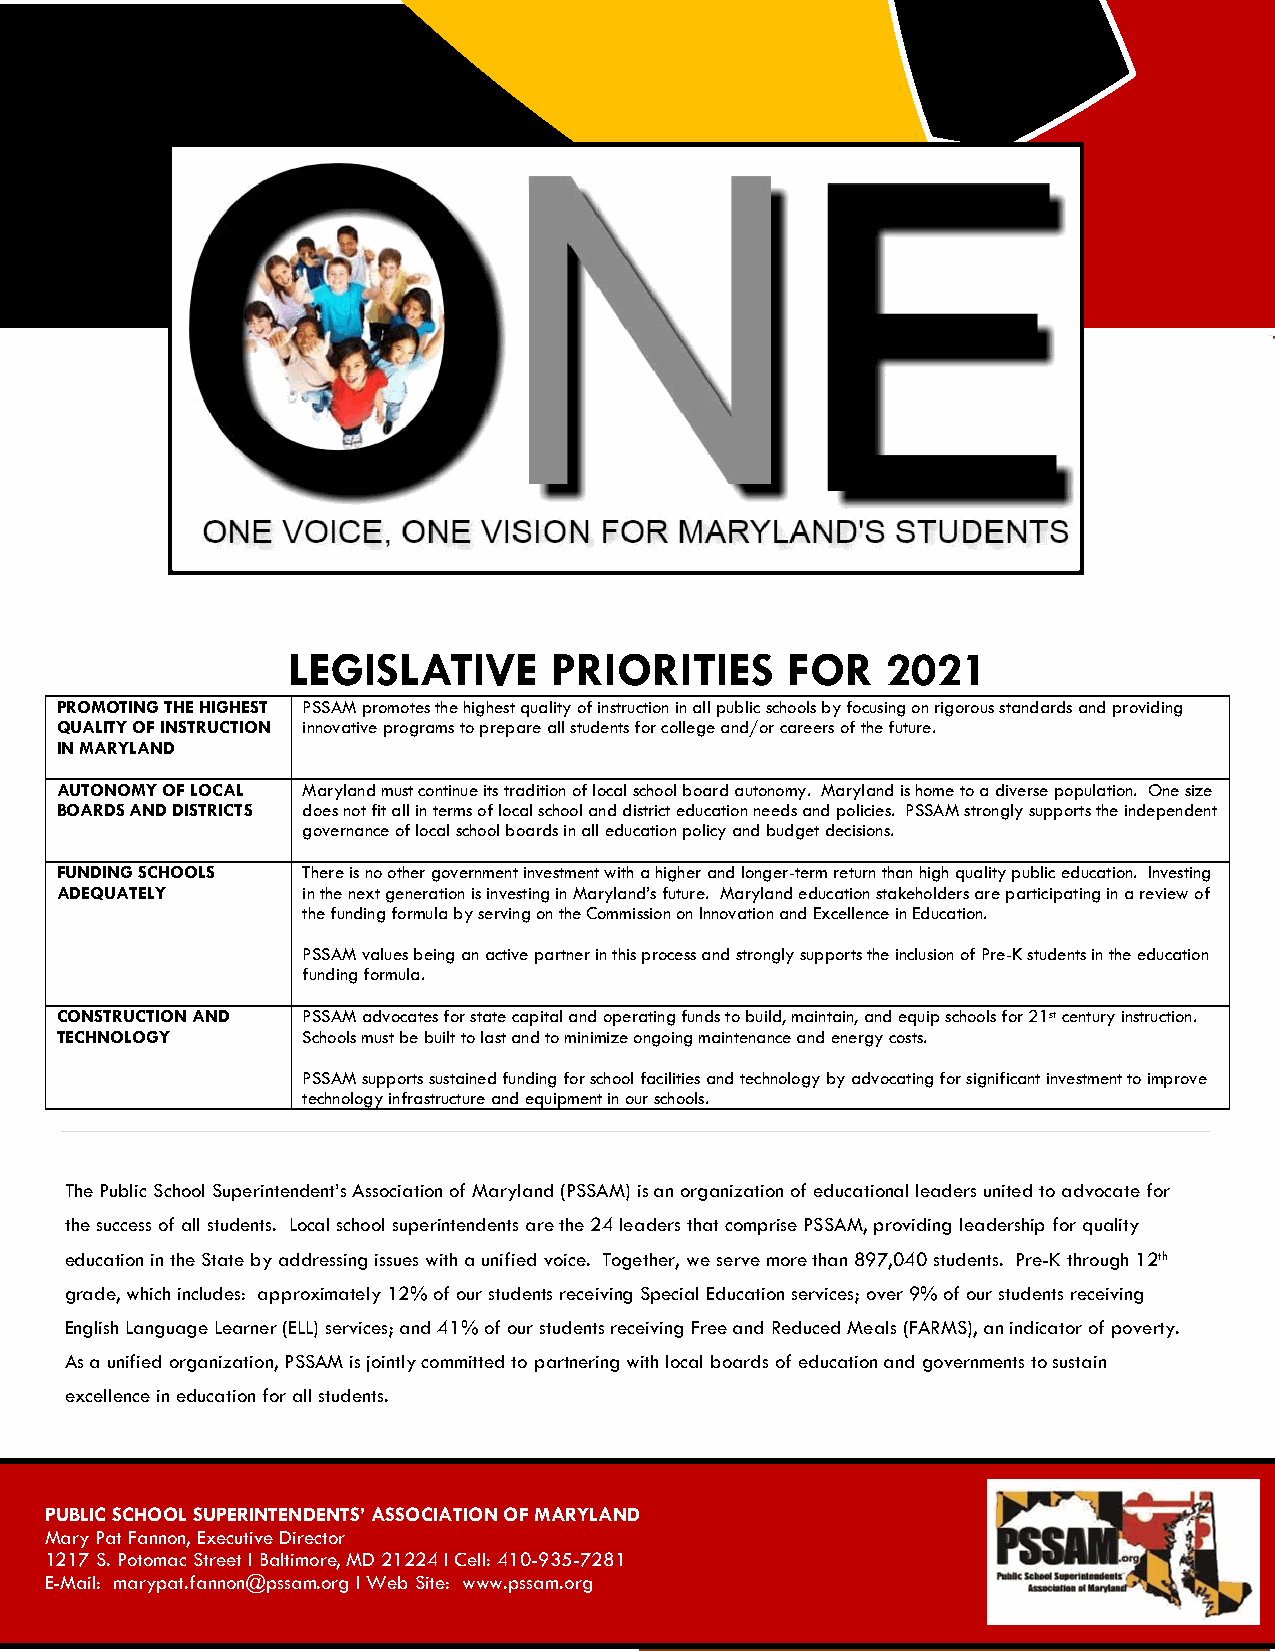
LEGISLATIVE      PRIORITIES      FOR    2021
 PROMOTING THE HIGHEST PSSAM promotes the highest quality of instruction in all public schools by focusing on rigorous standards and providing
 QUALITY OF INSTRUCTION innovative programs to prepare all students for college and/or careers of the future.
 IN MARYLAND
 AUTONOMY OF LOCAL Maryland must continue its tradition of local school board autonomy. Maryland is home to a diverse population. One size
 BOARDS AND DISTRICTS does not fit all in terms of local school and district education needs and policies. PSSAM strongly supports the independent
 governance of local school boards in all education policy and budget decisions.
 FUNDING SCHOOLS There is no other government investment with a higher and longer-term return than high quality public education. Investing
 ADEQUATELY      in the next generation is investing in Maryland’s future. Maryland education stakeholders are participating in a review of
 the funding formula by serving on the Commission on Innovation and Excellence in Education.
 PSSAM values being an active partner in this process and strongly supports the inclusion of Pre-K students in the education
 funding formula.
 CONSTRUCTION AND PSSAM advocates for state capital and operating funds to build, maintain, and equip schools for 21st century instruction.
 TECHNOLOGY      Schools must be built to last and to minimize ongoing maintenance and energy costs.
 PSSAM supports sustained funding for school facilities and technology by advocating for significant investment to improve
 technology infrastructure and equipment in our schools.
 The Public School Superintendent’s Association of Maryland (PSSAM) is an organization of educational leaders united to advocate for
 the success of all students. Local school superintendents are the 24 leaders that comprise PSSAM, providing leadership for quality
 education in the State by addressing issues with a unified voice. Together, we serve more than 897,040 students. Pre-K through 12th
 grade, which includes: approximately 12% of our students receiving Special Education services; over 9% of our students receiving
 English Language Learner (ELL) services; and 41% of our students receiving Free and Reduced Meals (FARMS), an indicator of poverty.
 As a unified organization, PSSAM is jointly committed to partnering with local boards of education and governments to sustain
 excellence in education for all students.
 PUBLIC SCHOOL SUPERINTENDENTS’ ASSOCIATION OF MARYLAND
 Mary Pat Fannon, Executive Director
 1217 S. Potomac Street l Baltimore, MD 21224 l Cell: 410-935-7281
 E-Mail: marypat.fannon@pssam.org l Web Site: www.pssam.org